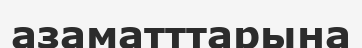
азаматттарына